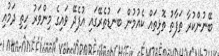
ބޭނުންކުރާ ތަފާތު ތޮޅިތައް ކެއުމުން ބަނޑުތެރޭގައި އުފެދޭ ވައިގެ މިންވަރު ހިތި ދަމުއި